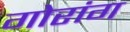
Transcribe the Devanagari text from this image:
गोरांग